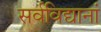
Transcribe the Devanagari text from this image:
सर्वविद्यानां